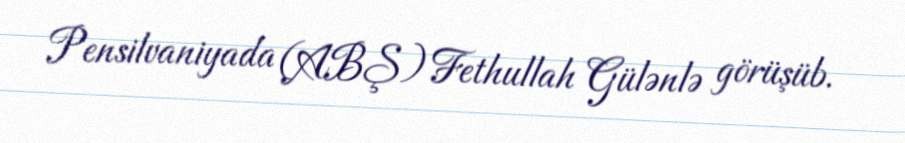
Pensilvaniyada (ABŞ) Fethullah Gülənlə görüşüb.